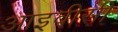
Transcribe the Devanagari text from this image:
आइवीसी